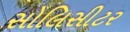
સોલિસીટર